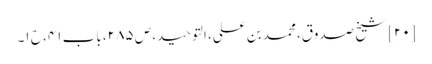
[۲۰] شیخ صدوق، محمد بن علی، التوحید، ص ۲۸۵، باب ۴۱، ح ۱۔